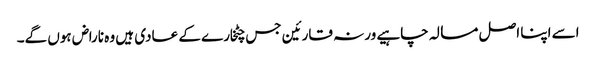
اسے اپنا اصل مسالہ چاہیے ورنہ قارئین جس چٹخارے کے عادی ہیں وہ ناراض ہوں گے۔